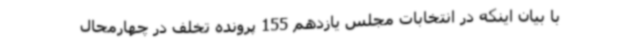
با بیان اینکه در انتخابات مجلس یازدهم 155 پرونده تخلف در چهارمحال